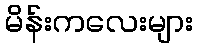
မိန်းကလေးများ